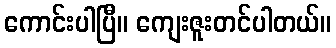
ကောင်းပါပြီ။ ကျေးဇူးတင်ပါတယ်။